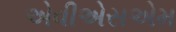
એવીએસએમ